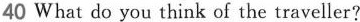
40 What do you think of the traveller?